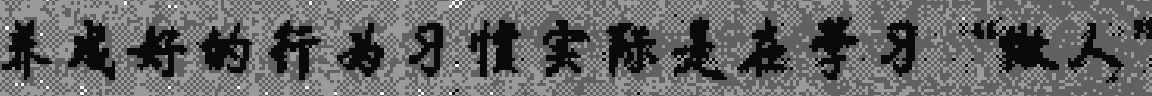
养成好的行为习惯实际是在学习“做人”